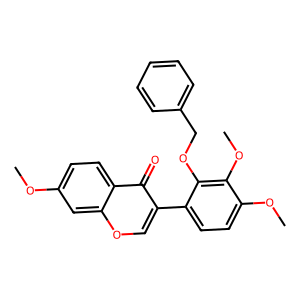
SMILES: COc1ccc2c(=O)c(-c3ccc(OC)c(OC)c3OCc3ccccc3)coc2c1
Inhibits HIV replication: No